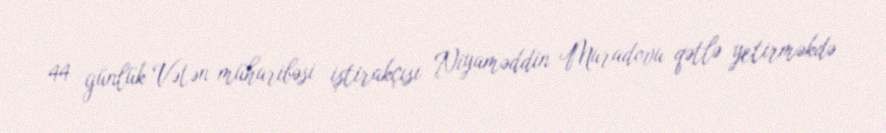
44 günlük Vətən müharibəsi iştirakçısı Niyaməddin Muradovu qətlə yetirməkdə